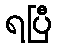
ရပြီ